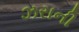
ઝરાની